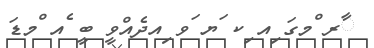
ާރ ްމގަ ިއ ިކ ަޔ ަވ ިއދެއްވީ ބީ ެއ ްމޑަ